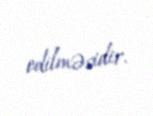
edilməsidir.